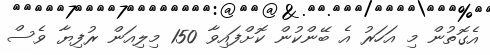
އެގޮތުން މި އަހަރު އެ ބޭންކުން ކޮށްފައިވާ 150 މިލިއަން ރުފިޔާ ވެސް